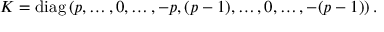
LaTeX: K = \mathrm { d i a g } \left( p , \ldots , 0 , \ldots , - p , ( p - 1 ) , \ldots , 0 , \ldots , - ( p - 1 ) \right) .